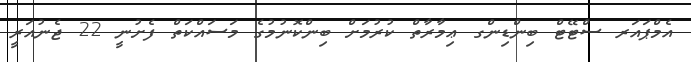
އެމްޕައަރ ސްޓޭޓް ބިންޑިންގ ޢިމާރާތް ކުރުމަށް ބިންކޮނުމުގެ މަސައްކަތް ފެށުނީ 22 ޖެނުއަރީ